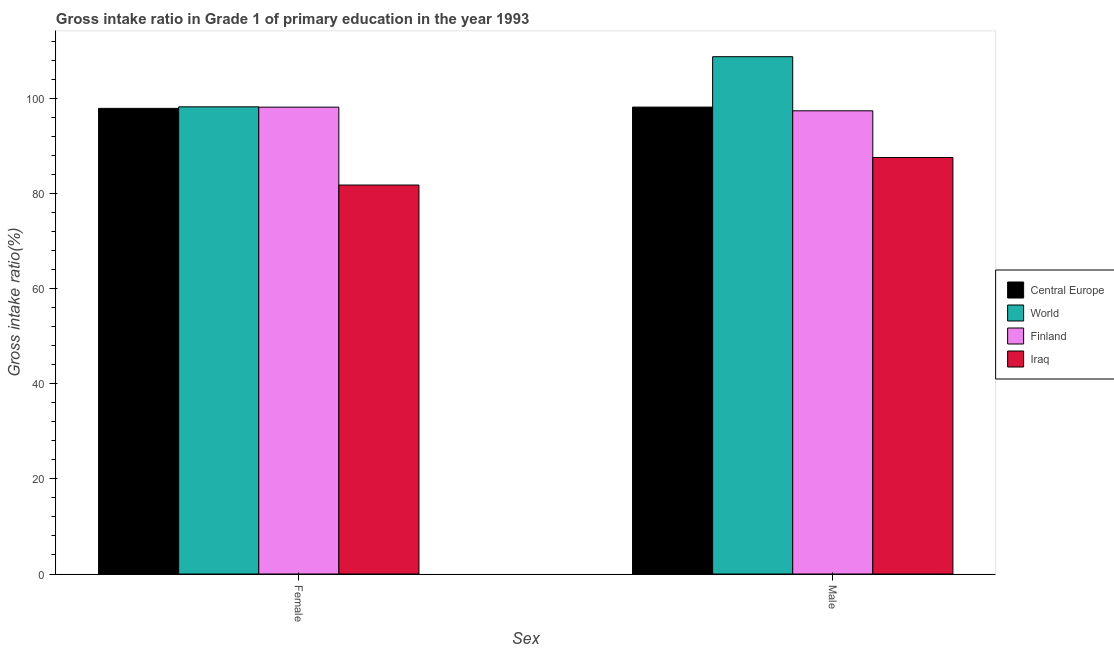
| Sex | Central Europe | World | Finland | Iraq |
 | --- | --- | --- | --- | --- |
 | Female | 98 | 98.3 | 98.2 | 81.8 |
 | Male | 98.2 | 109 | 97.4 | 87.6 |